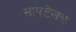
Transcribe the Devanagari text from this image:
सापडेलच